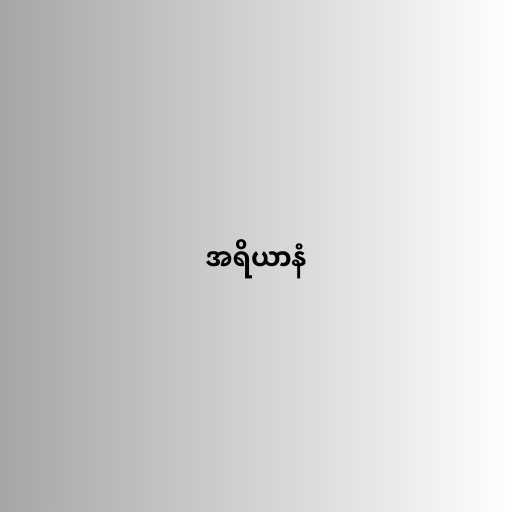
အရိယာနံ